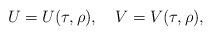
LaTeX: \begin{align*}U = U(\tau,\rho),\quad V = V(\tau,\rho),\end{align*}